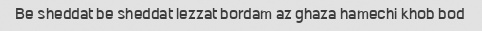
Be sheddat be sheddat lezzat bordam az ghaza hamechi khob bod